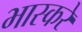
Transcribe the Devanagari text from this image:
भास्करे